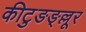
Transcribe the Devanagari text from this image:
कीटुङङ्ल्लूर